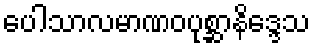
ပေါသာလမာဏဝပုစ္ဆာနိဒ္ဒေသ